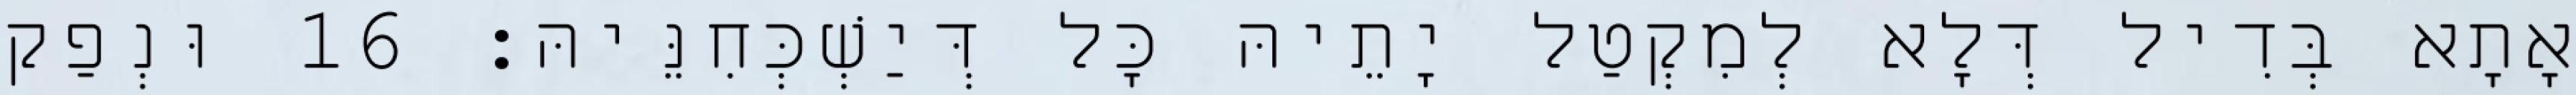
אָתָא בְּדִיל דְּלָא לְמִקְטַל יָתֵיהּ כָּל דְּיַשְׁכְּחִנֵּיהּ׃ 16 וּנְפַק